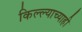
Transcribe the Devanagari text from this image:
किल्ल्याच्याही